Annual vaccination report of Bihar and Orissa - 1911-1928
Year: 1911
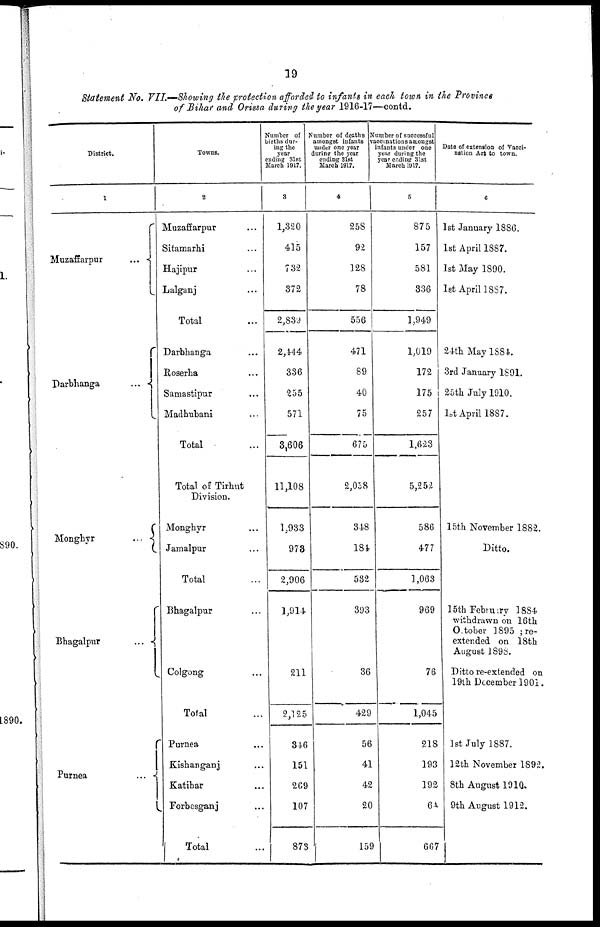
19
Statement No. VII.—Showing the protection afforded to infants in each town in the Province
of Bihar and Orissa during the year 1916-17—contd.
District.
1
Muzaffarpur...
...
Darbhanga
...
...
Monghyr
...
...
Bhagalpur...
...
Purnea
...
...
Towns.
2
Muzaffarpur... ...
Sitamarhi... ...
Hajipur... ...
Lalganj... ...
Total...
Darbhanga... ...
Roserha... ...
Samastipur... ...
Madhubani... ...
Total...
Total of Tirhut
Division.
Monghyr... ...
Jamalpur... ...
Total...
Bhagalpur...
Colgong...
Total...
Purnea...
Kishanganj... ...
Katihar... ...
Forbesganj... ...
Total...
Number of
births dur-
ing the
year
ending 31st
March 1917.
3
1,320
415
732
372
2,839
2,444
336
255
571
3,606
11,108
1,933
978
2,906
1,914
211
2,125
316
151
269
107
873
Number of deaths
amongst infants
under one year
during the year
ending 31st
March 1917.
4
258
92
128
78
556
471
89
40
75
675
2,058
348
184
532
393
36
429
56
41
42
20
159
Number of successful
vaccinations amongst
infants under one
year during the
year ending 31st
March 1917.
5
875
157
581
336
1,949
1,019
172
175
257
1,623
5,252
586
477
1,063
969
76
1,045
218
193
192
64
667
Date of extension of Vacci-
nation Act to town.
6
1st January 1886.
1st April 1887.
1st May 1890.
1st April 1887.
24th May 1884.
3rd January 1891.
25th July 1910.
1st April 1887.
15th November 1882.
Ditto.
15th February 1884
withdrawn on 16th
October 1895 ; re-
extended on 18th
August 1898.
Ditto re-extended on
19th December 1901.
1st July 1887.
12th November 1892.
8th August 1910.
9th August 1912.